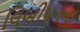
લિબીયનના